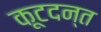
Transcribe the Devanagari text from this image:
कूटदन्त